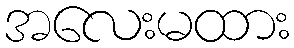
အလေးမထား